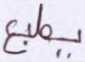
يطبع